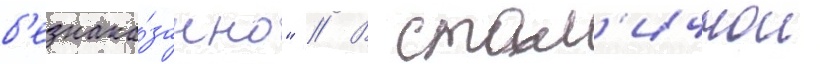
б'езнака́занно" // В стол'ичнои